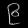
Digit: ၉